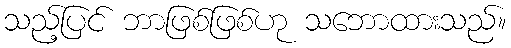
သည့်ပြင် ဘာဖြစ်ဖြစ်ဟု သဘောထားသည်။